65_HS1-834228961_62-HQ-83894_Section_1
Agency: FBI
Page 26
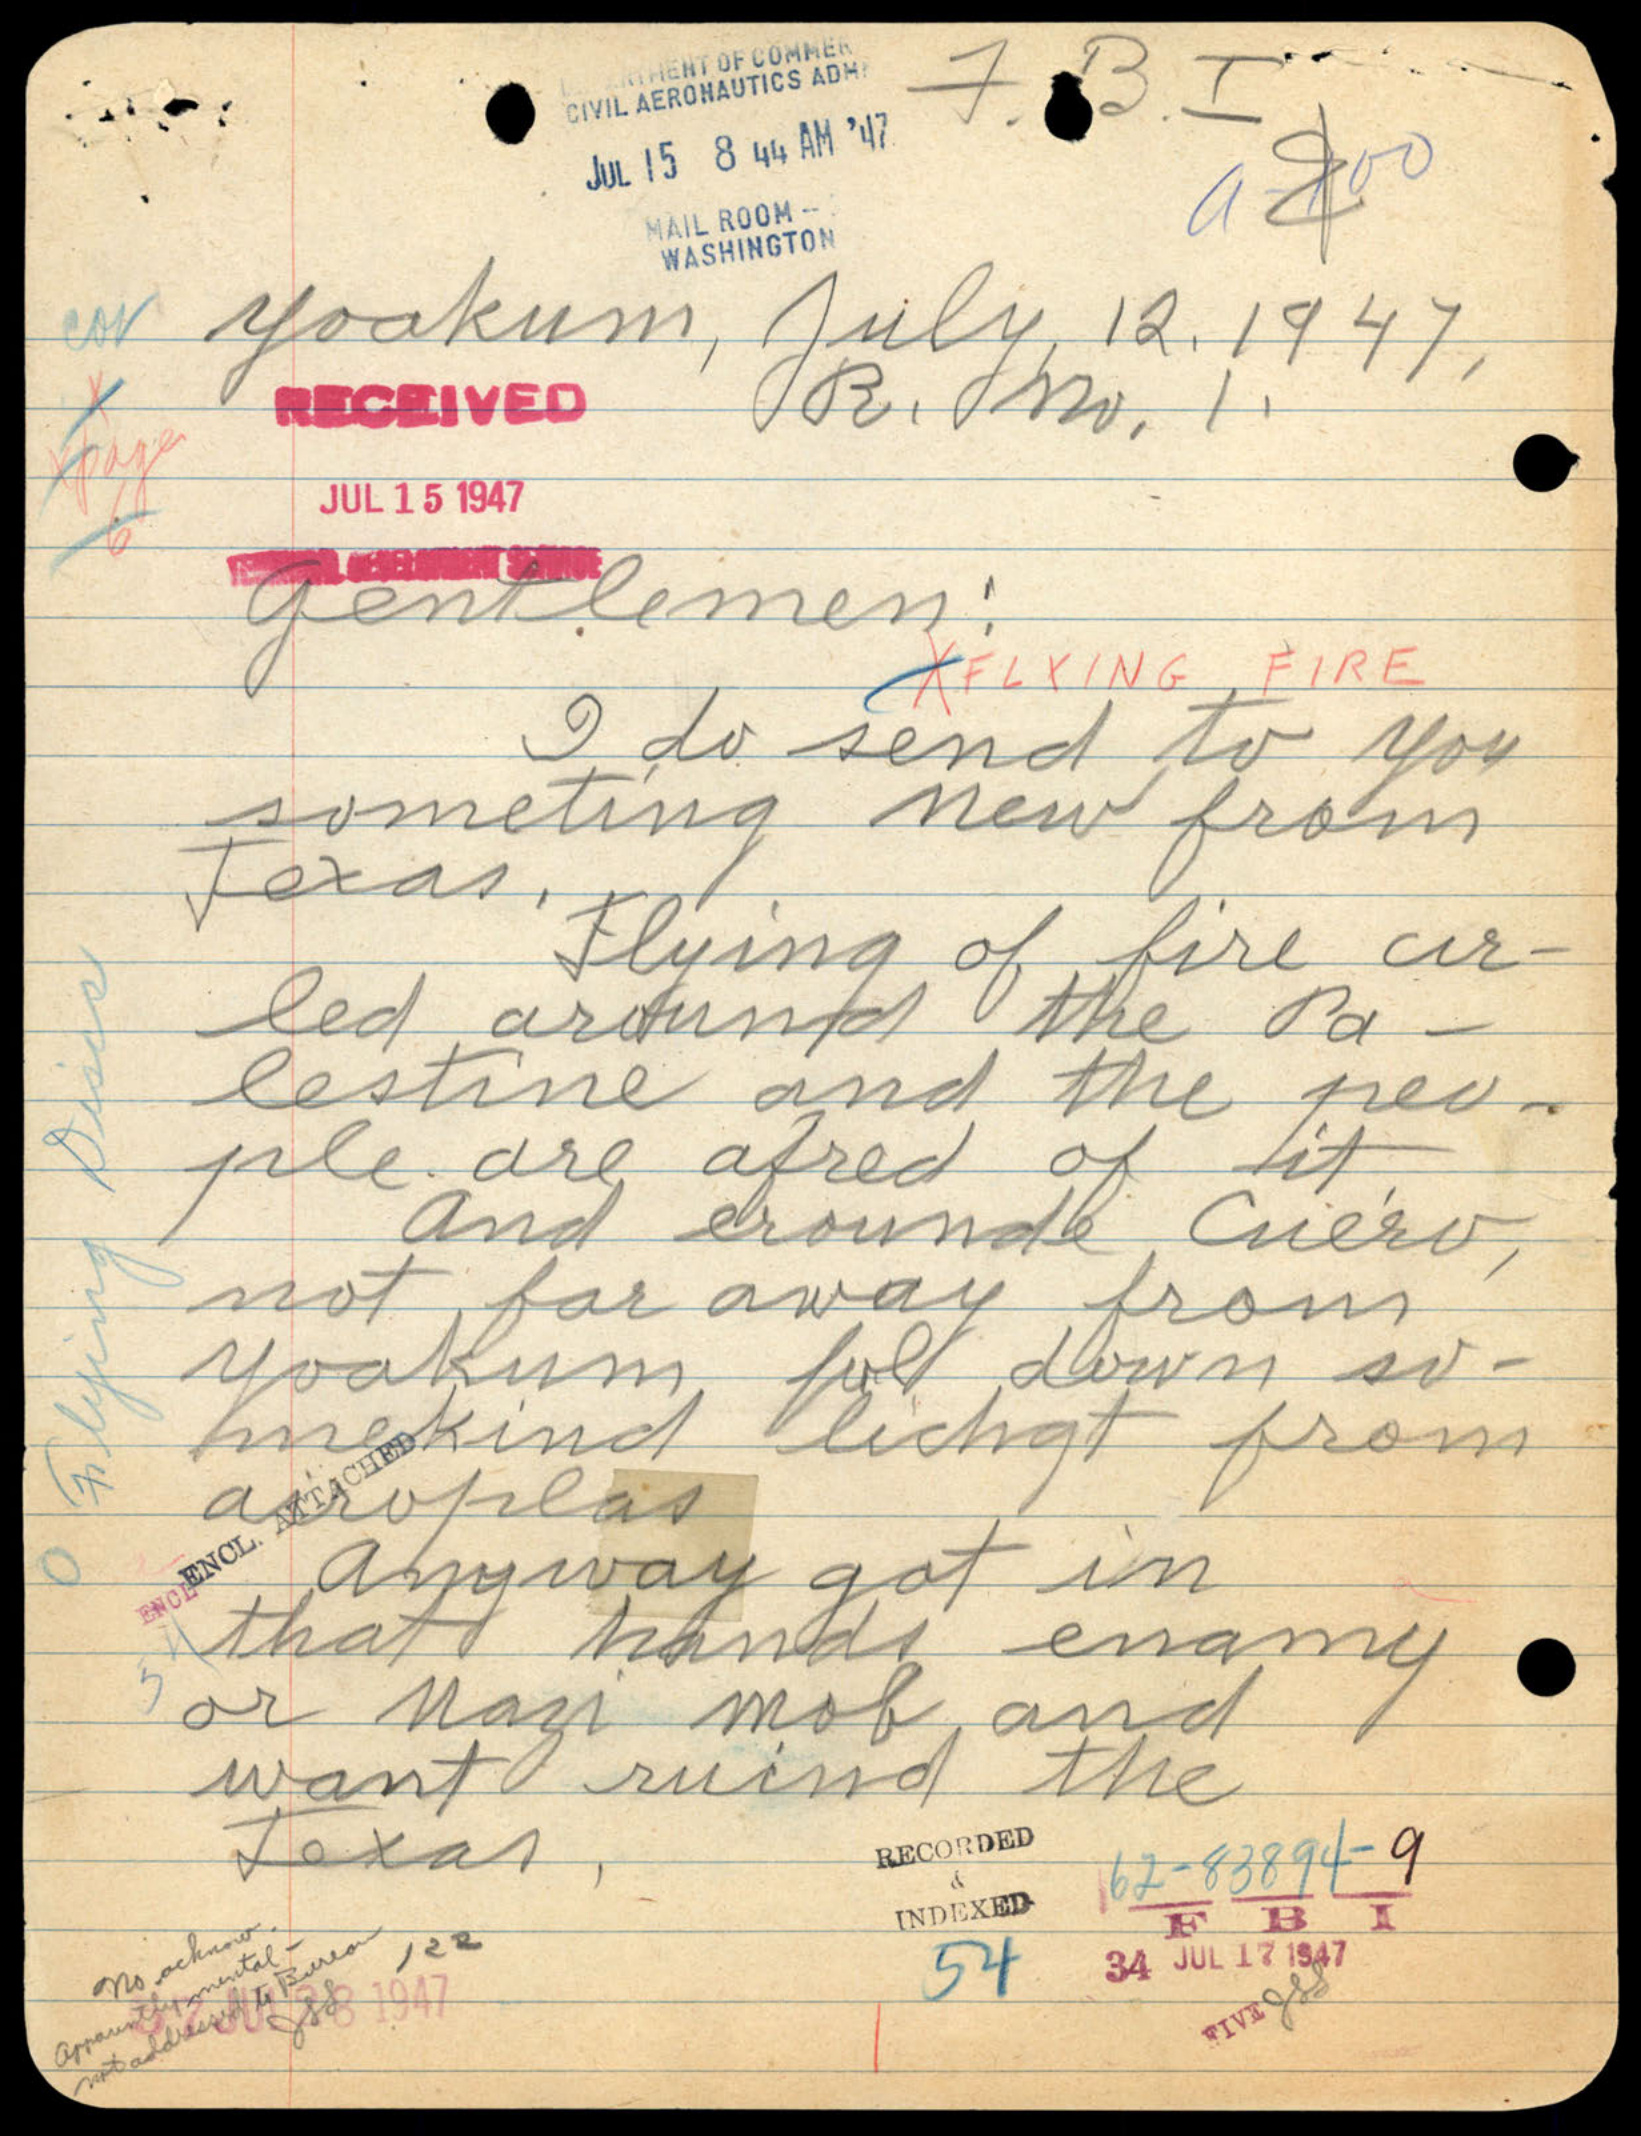